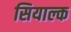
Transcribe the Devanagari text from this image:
सियाल्क